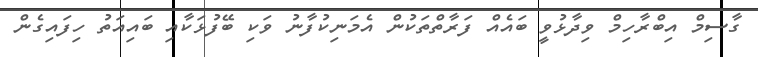
ގާސިމް އިބްރާހިމް ވިދާޅުވީ ބައެއް ފަރާތްތަކުން އެމަނިކުފާނު ވަކި ބޭފުޅަކާއި ބައިއަތު ހިފައިގެން